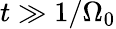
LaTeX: t\gg 1/\Omega_{0}